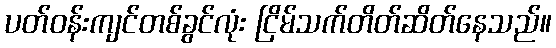
ပတ်ဝန်းကျင်တစ်ခွင်လုံး ငြိမ်သက်တိတ်ဆိတ်နေသည်။